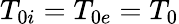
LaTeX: T_{0i}=T_{0e}=T_{0}